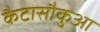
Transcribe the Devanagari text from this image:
कैटासौकुआ